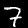
Label: 7